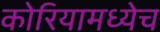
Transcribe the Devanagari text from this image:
कोरियामध्येच